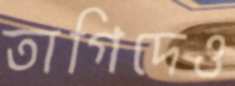
তাগিদেও